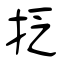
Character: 抸